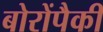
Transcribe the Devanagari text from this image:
बोरोंपैकी